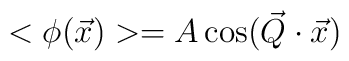
<\phi(\vec x)> =A \cos (\vec Q \cdot \vec x)